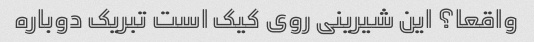
واقعا؟ این شیرینی روی کیک است تبریک دوباره